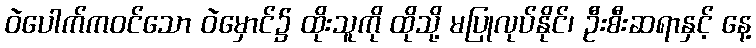
ဝဲပေါက်ကဝင်သော ဝဲမှောင်၌ ထိုးသူကို ထိုသို့ မပြုလုပ်နိုင်၊ ဦးစီးဆရာနှင့် နေ့